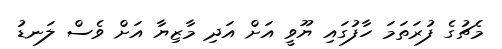
މެޗުގެ ފުރަތަމަ ހާފުގައި ޔޫވީ އަށް އަދި މާޒިޔާ އަށް ވެސް ލަނޑު